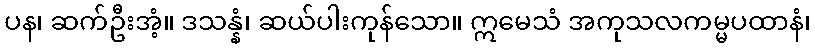
ပန၊ ဆက်ဦးအံ့။ ဒသန္နံ၊ ဆယ်ပါးကုန်သော။ ဣမေသံ အကုသလကမ္မပထာနံ၊